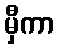
မှီကာ